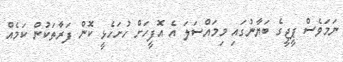
ނަމަވެސް ޕީޖީގެ ބަޔާނުގައި މިމައްސަލަ އެ އޮފީހަށް ހުށަހެޅީ ކޮން ފަރާތަކުން ކަމެއް